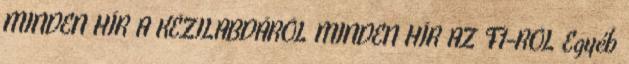
MINDEN HÍR A KÉZILABDÁRÓL MINDEN HÍR AZ F1-RŐL Egyéb